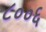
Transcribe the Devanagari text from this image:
८००६